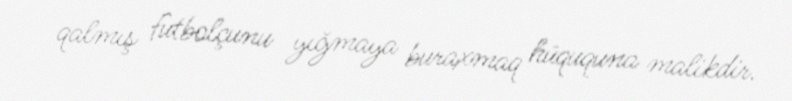
qalmış futbolçunu yığmaya buraxmaq hüququna malikdir.